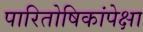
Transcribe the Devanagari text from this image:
पारितोषिकांपेक्षा